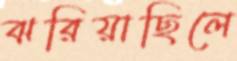
ঝরিয়াছিলে